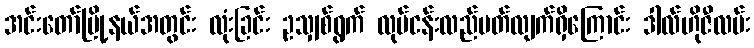
အင်းတော်မြို့နယ်အတွင်း လုံးခြင်း ဥသျှစ်ရွက် လုပ်ငန်းလည်ပတ်လျက်ရှိကြောင်း ဒါလ်ဟိုဇီလမ်း